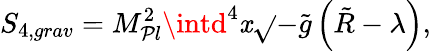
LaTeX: S_{4,grav}=M_{\mathcal{P}l}^{2}\intd^{4}\mathit{x}\sqrt{}{{-\tilde{{g}}}}\left(\tilde{{R}}-\lambda\right),